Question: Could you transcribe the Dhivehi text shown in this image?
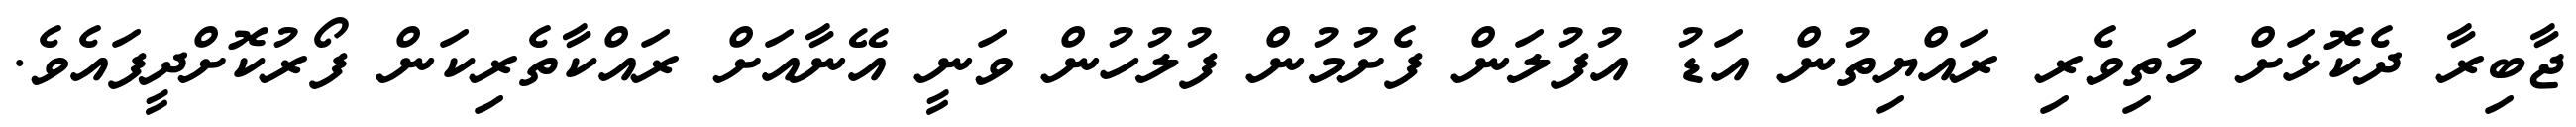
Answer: ޖާބިރާ ދެކޮޅަށް މަތިވެރި ރައްޔިތުން އަޑު އުފުލަން ފެށުމުން ފުލުހުން ވަނީ އޭނާއަށް ރައްކާތެރިކަން ފޯރުކޮށްދީފައެވެ.